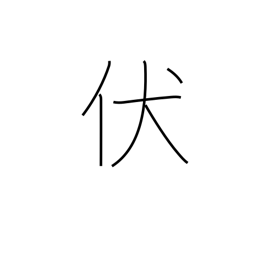
Meaning: bend down